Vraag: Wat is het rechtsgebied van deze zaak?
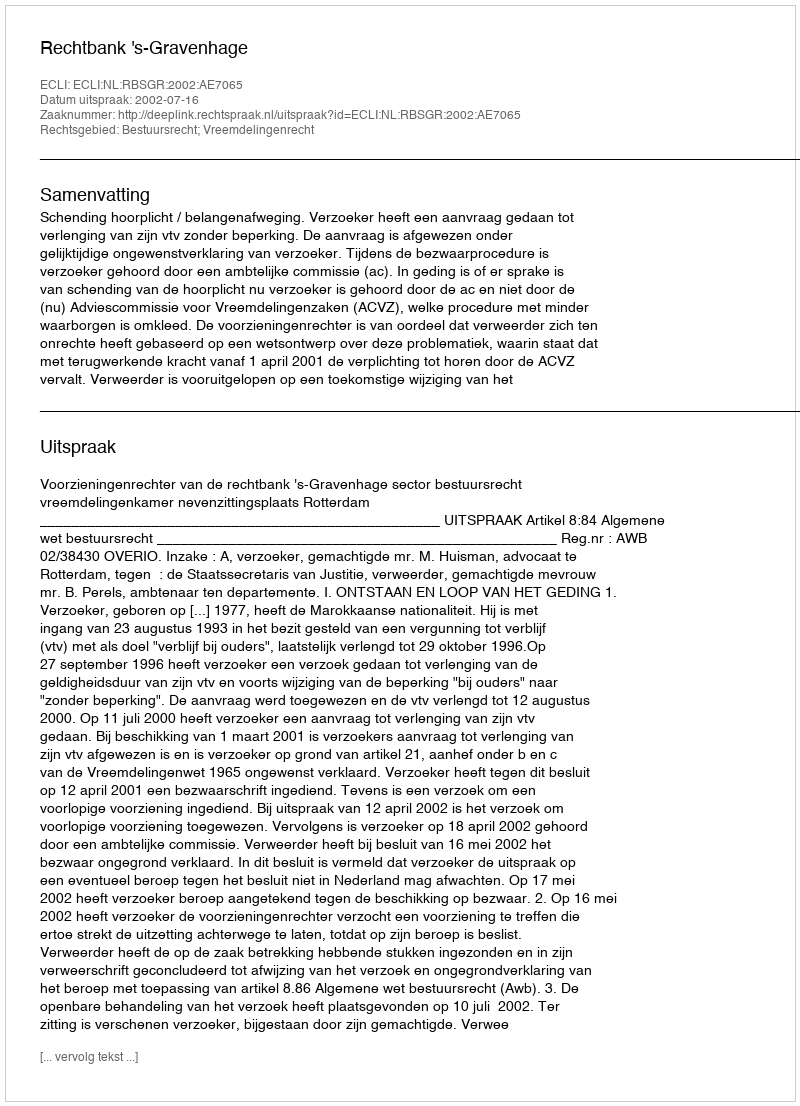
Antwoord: Bestuursrecht; Vreemdelingenrecht